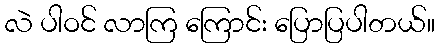
လဲ ပါဝင် လာကြ ကြောင်း ပြောပြပါတယ်။